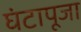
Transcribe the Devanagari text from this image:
घंटापूजा